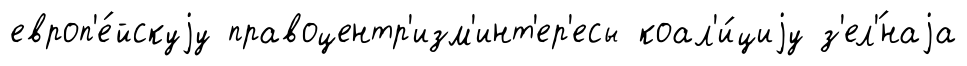
европ'е́йскуjу правоцентр'изм'инт'ер'есы коал'и́циjу з'ел'́наjа